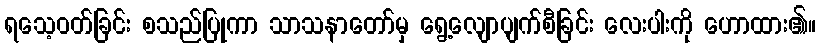
ရသေ့ဝတ်ခြင်း စသည်ပြုကာ သာသနာတော်မှ ရွေ့လျောပျက်စီခြင်း လေးပါးကို ဟောထား၏။